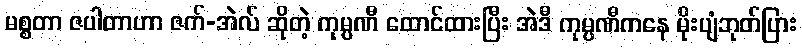
မစ္စတာ ဇပါတာဟာ ဇက်-အဲလ် ဆိုတဲ့ ကုမ္ပဏီ ထောင်ထားပြီး အဲဒီ ကုမ္ပဏီကနေ မိုးပျံဘုတ်ပြား